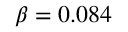
\beta = 0 . 0 8 4